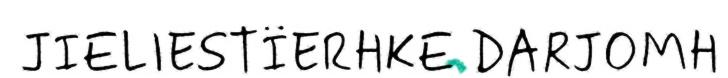
JIELIESTÏERHKE DARJOMH